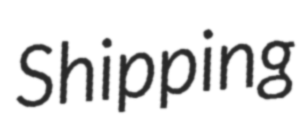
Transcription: Shipping